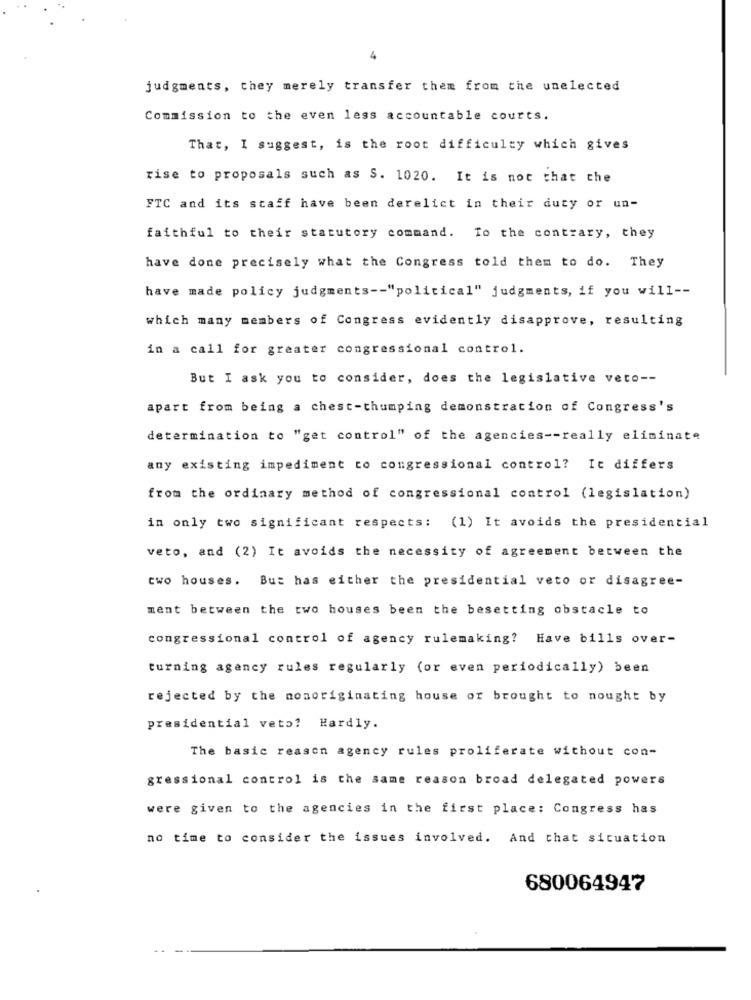
judgments, they merely transfer them from the unelected
Commission to the even less accountable courts.
That, I suggest, is the root difficulty which gives
rise to proposals such as S. 1020. It is not that che
FTC and its staff have been derelict in their duty or un-
faithful to their statutory command. To the contrary, they
have done precisely what the Congress told them to do. They
have made policy judgments -- "political" judgments, if you will --
which many members of Congress evidently disapprove, resulting
in a call for greater congressional control.
But I ask you to consider, does the legislative veto --
apart from being a chest-thumping demonstration of Congress's
determination to "get control" of the agencies -- really eliminate
any existing impediment to congressional control? It differs
from the ordinary method of congressional control (legislation)
in only two significant respects: (1) It avoids the presidential
veto, and (2) It avoids the necessity of agreement between the
two houses. But has either the presidential veto or disagree-
ment between the two houses been the besetting obstacle to
congressional control of agency rulemaking? Have bills over-
turning agency rules regularly (or even periodically) been
rejected by the nonoriginating house of brought to nought by
presidential veto? Hardly.
The basic reason agency rules proliferate without con-
gressional control is the same reason broad delegated powers
were given to the agencies in the first place: Congress has
no time to consider the issues involved. And that situation
680064947